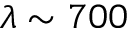
\lambda \sim 7 0 0